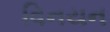
વિનયન